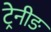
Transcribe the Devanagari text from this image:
ट्रेनीङ